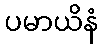
ပမာယိနံ